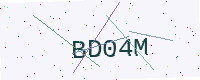
Text: BD04M